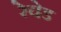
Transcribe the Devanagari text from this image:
रेचेड